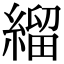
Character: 𦃓